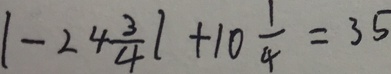
\vert - 2 4 \frac { 3 } { 4 } \vert + 1 0 \frac { 1 } { 4 } = 3 5